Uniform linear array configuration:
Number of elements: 48
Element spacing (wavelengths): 0.5
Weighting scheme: kaiser
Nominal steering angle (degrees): -30
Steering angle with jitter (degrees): -31.1
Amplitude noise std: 0.05
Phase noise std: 0.05

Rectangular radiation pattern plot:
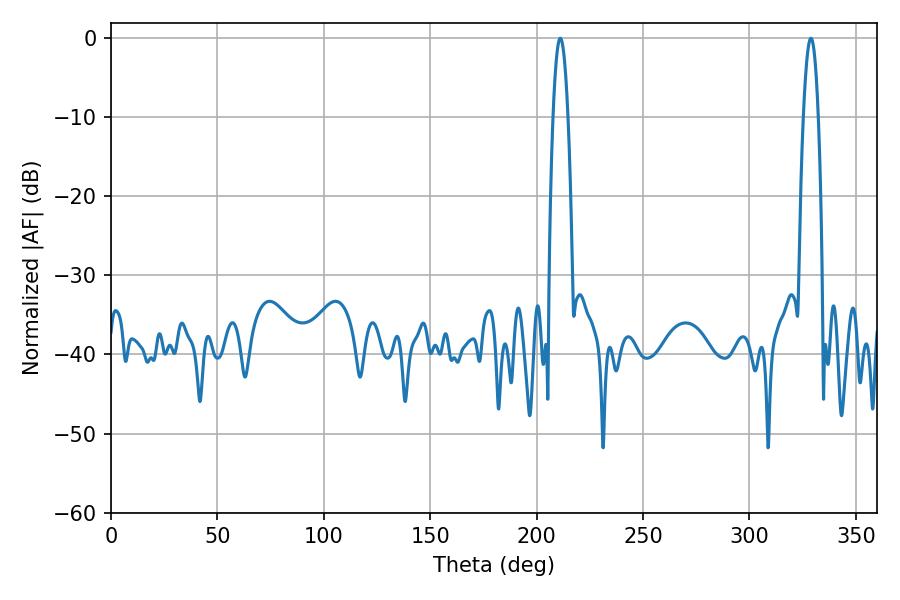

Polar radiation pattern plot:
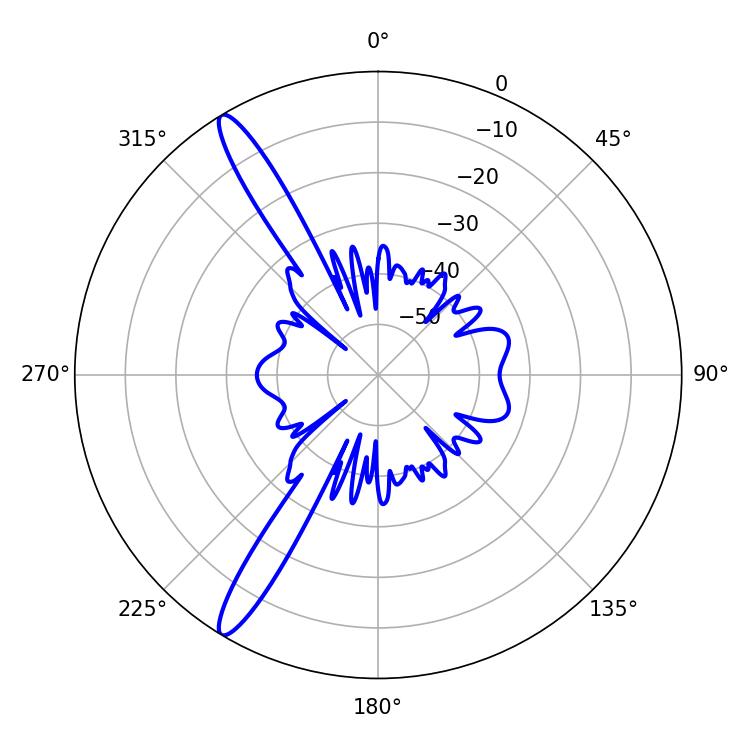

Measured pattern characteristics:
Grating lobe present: FALSE
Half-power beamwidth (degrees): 3.96
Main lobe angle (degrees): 211.14